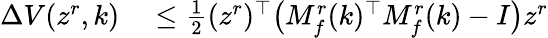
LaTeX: \begin{array}{rl}{\Delta V(z^{r},k)}&{{}\leq\frac{1}{2}(z^{r})^{\top}\big(M_{f}^{r}(k)^{\top}M_{f}^{r}(k)-I\big)z^{r}}\end{array}